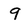
Character: 9